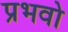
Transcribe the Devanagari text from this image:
प्रभवो